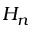
H _ { n }